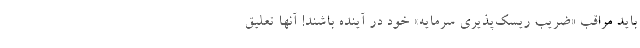
باید مراقب «ضریب ریسک‌پذیری سرمایه» خود در آینده باشند! آنها تعلیق